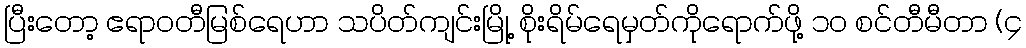
ပြီးတော့ ဧရာဝတီမြစ်ရေဟာ သပိတ်ကျင်းမြို့ စိုးရိမ်ရေမှတ်ကိုရောက်ဖို့ ၁၀ စင်တီမီတာ (၄